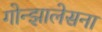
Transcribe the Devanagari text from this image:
गोन्झालेसना